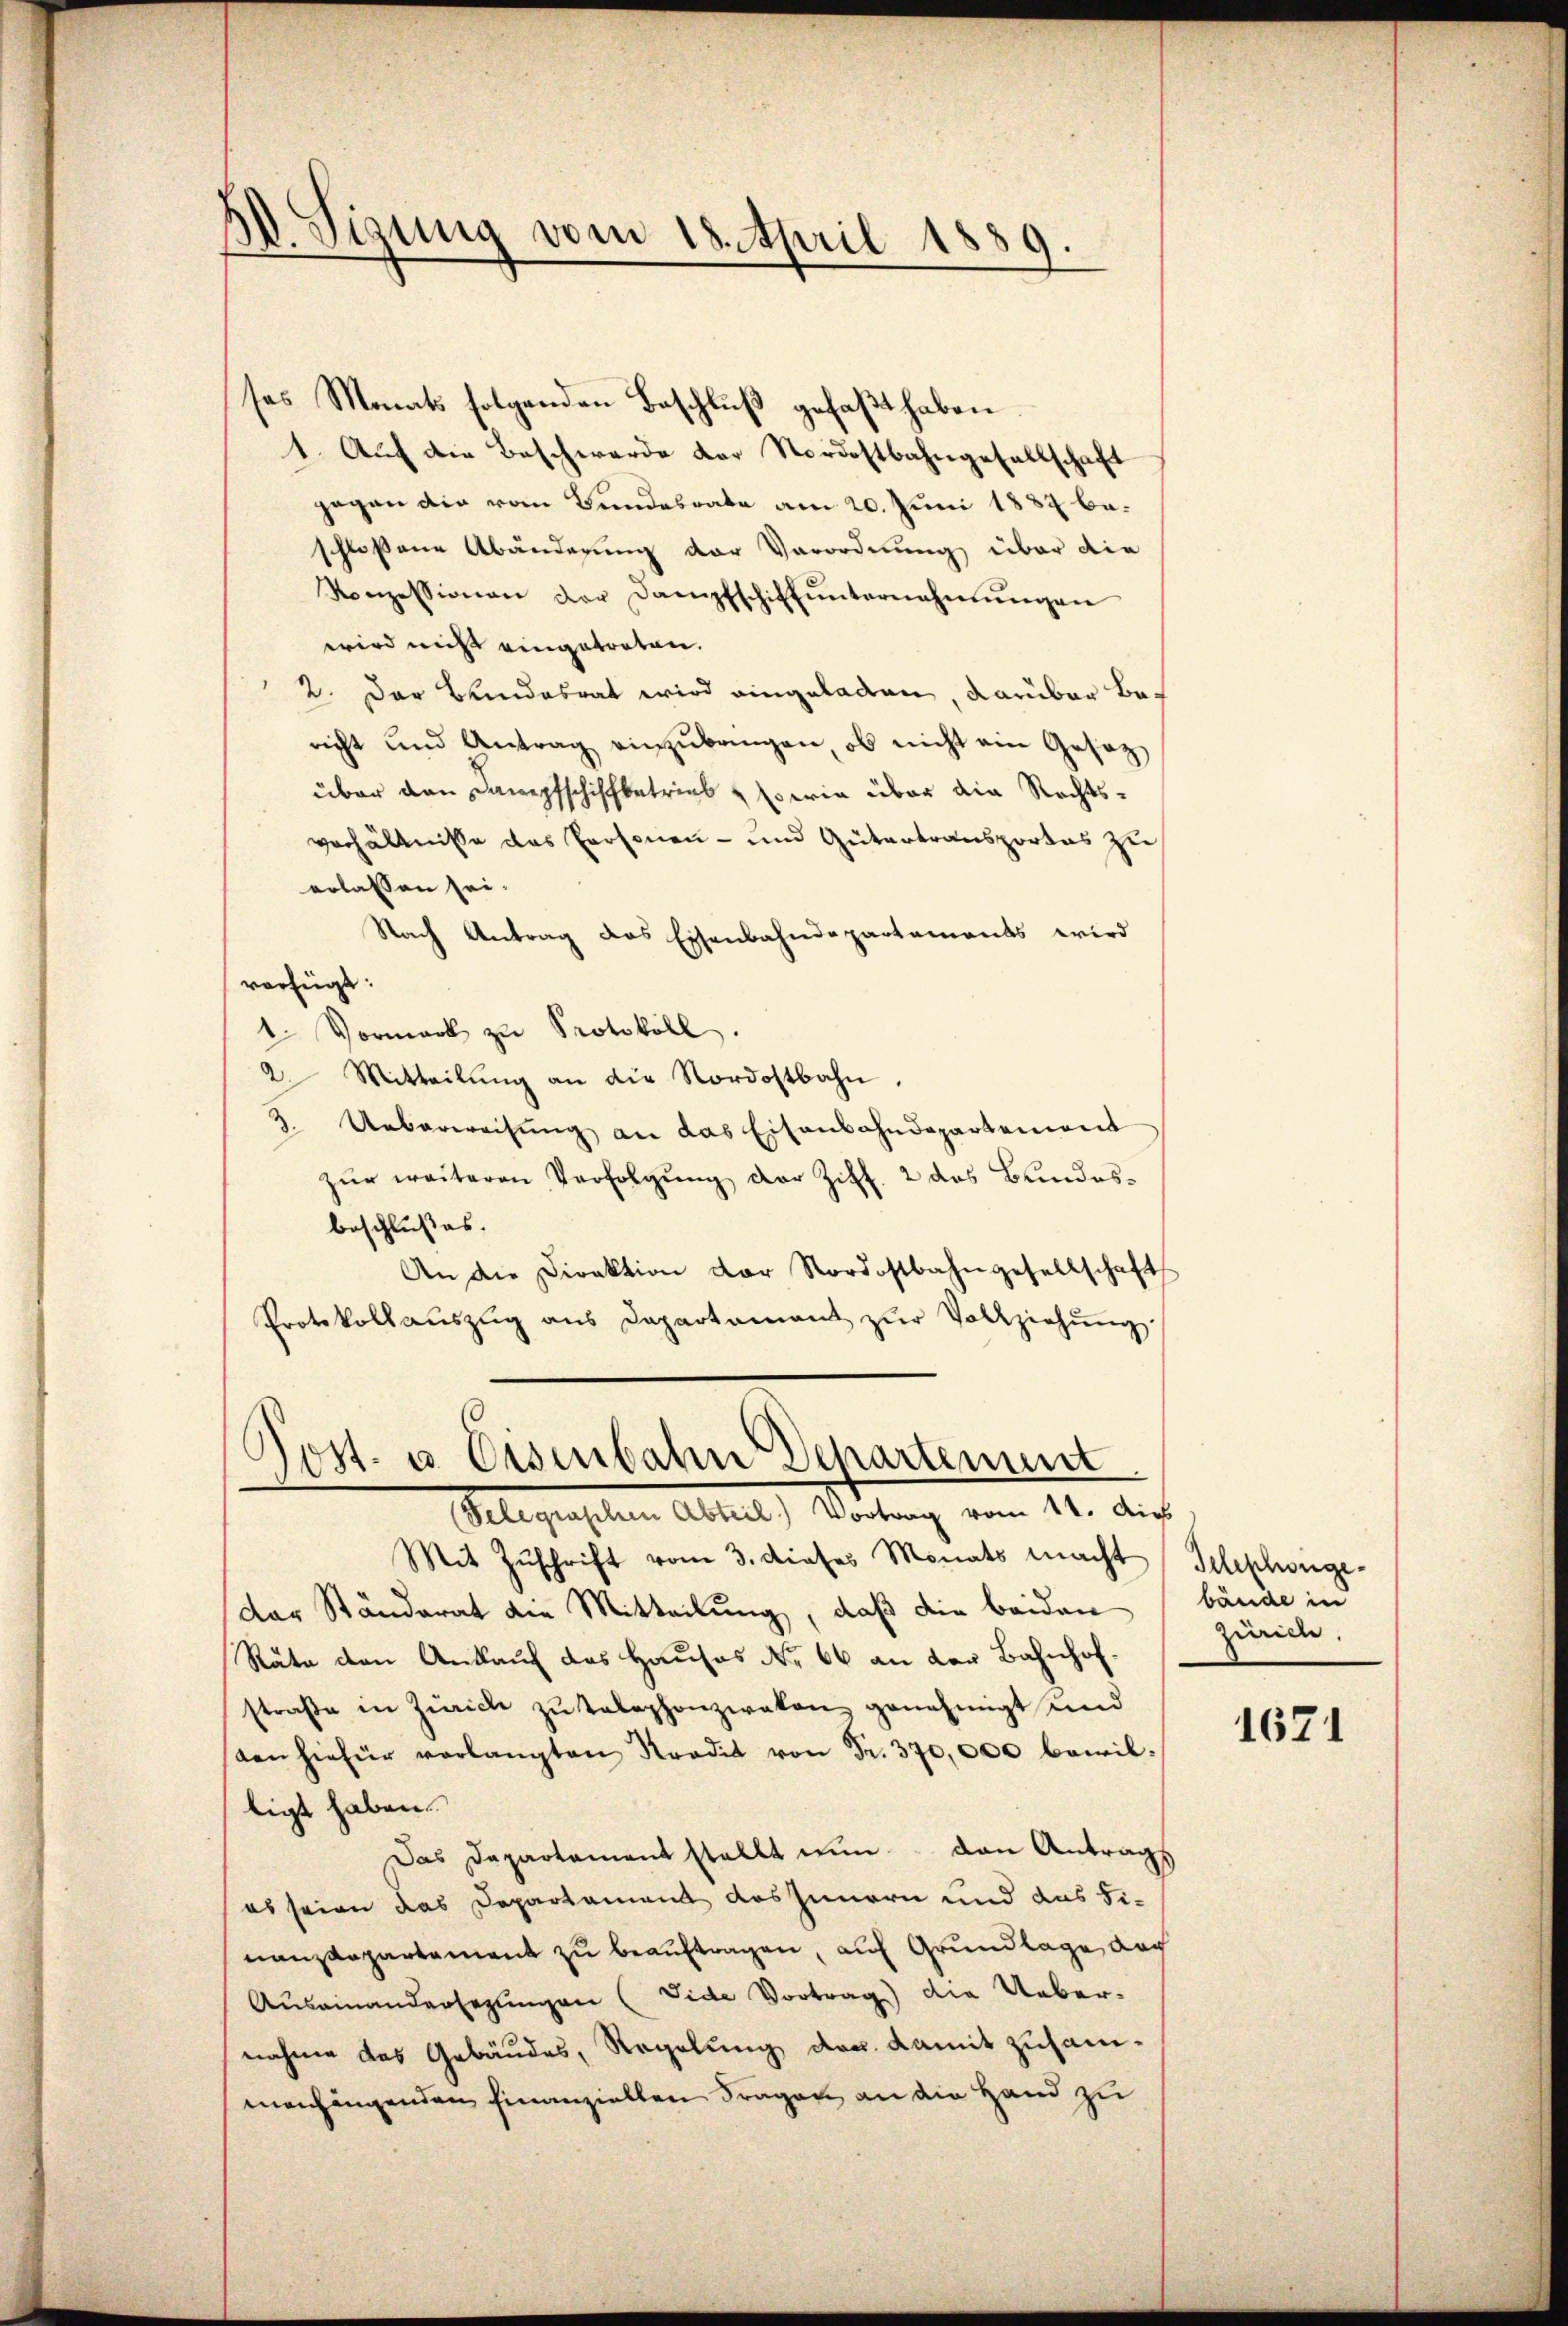
A. Sizung vom 18. April 1889.

ses Monats folgenden Beschluß gefaßt haben
1. Auf die Beschwerde der Nordostbahngesellschaft
gegen die vom Bundesrate am 20. Juni 1887 beschlossene Abänderung der Verordnung über die
Konzessionen der Dampfschiftŭnternahmŭngen
wird nicht eingetreten.
2. Der Bundesrat wird eingeladen, darüber bericht und Antrag einzubringen, ob nicht ein Gesetz
über den Dampfschiffbetries sowie über die Rechtsverhältnisse das Personen- und Gütertransportes zu
erlassen sei.
Nach Antrag das Eisenbahndepartements wird
verfügt:
1. Vormark zŭ Protokoll.
2 Mitteilŭng an die Nordostbahn.
3. Ueberweisŭng an das Eisenbahndepartement
zŭr weiteren Verfolgŭng der Ziff. 2 das Bundes-
beschlußes.
An die Direktion der Nordostbahngesellschaft
Protokollaŭszŭg ans Departamant zŭr Vollziehŭng
Jost- u. Eisenbahn Departement
(Telegraphen Abteil) Vortrag vom 14. Aus
Mit Zŭschrift vom 3. dieses Monats macht
der Ständerat die Mitteilung, daß die beiden
Räte den Ankauf das Hauses No 66 an der Bahnhofstraße in Zürich zu telephonzwaken genehmigt und
sten hiefür verlangten Stradit von Fr. 370,000 bewilligt haben.
Das Departement stellt nun den Antrags
es seien das Departement des Innern und das Finanzkapartement zu beauftragen, auf Grundlage nach
Auseinandersezungen (Vide Vortrag) die Uebernahme des Gebäudes, Regelung der damit zusammenhängenden finanziellen Fragen an die Hand zu

Telephongebände in
Zürich.

1671